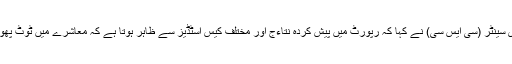
جینیفر جیون، ایگزیکٹو ڈائریکٹر کرسچن اسٹڈی سینٹر (سی ایس سی) نے کہا کہ رپورٹ میں پیش کردہ نتاءج اور مختلف کیس اسٹڈیز سے ظاہر ہوتا ہے کہ معاشرے میں ٹوٹ پھوٹ ہے جو ملک میں تیزی سے پھیل رہی ہے ۔